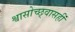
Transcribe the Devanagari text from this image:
श्वासोच्छ्वासही